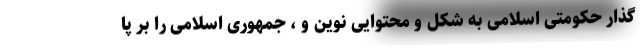
گذار حکومتی اسلامی به شکل و محتوایی نوین و ، جمهوری اسلامی را بر پا